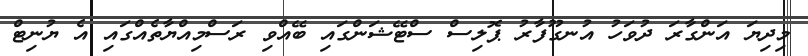
މިދިޔަ އަންގާރަ ދުވަހު އުނގޫފާރު ޕޮލިސް ސްޓޭޝަންގައި ބޭއްވި ރަސްމިއްޔާތެއްގައި އެ ޔުނިޓް